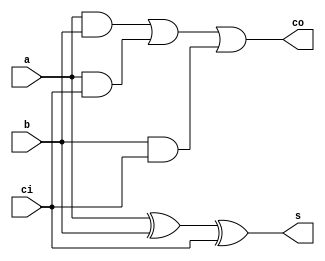
`timescale 1ns/1ps

module full_adder(
	input   wire a,
    input   wire b,
	input   wire ci,
	output  wire s,
	output  wire co
);

assign s  = a ^ b ^ ci;
assign co = (a & b) | (a & ci) | (b & ci);

endmodule